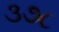
૩૭૮